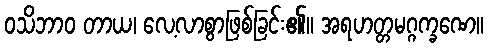
ဝသိဘာဝ တာယ၊ လေ့လာစွာဖြစ်ခြင်း၏။ အရဟတ္တမဂ္ဂက္ခဏေ။